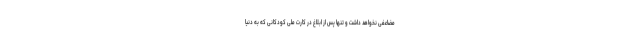
مضاعفی نخواهد داشت و تنها پس از ابلاغ در کارت ملی کودکانی که به دنیا